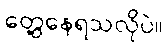
တွေ့နေရသလိုပဲ။